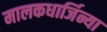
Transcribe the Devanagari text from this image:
मालकधार्जिन्या